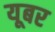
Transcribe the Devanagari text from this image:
यूबर